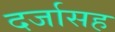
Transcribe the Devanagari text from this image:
दर्जासह